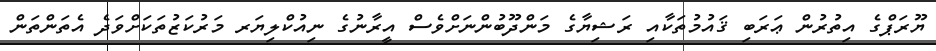
ޔޫރަޕްގެ އިތުރުން ޢަރަބި ޤައުމުތަކާއި ރަޝިޔާގެ މަންދޫބުންނަށްވެސް އީރާނުގެ ނިއުކްލިޔަރ މަރުކަޒުތަކަށްވަދެ އެތަންތަން